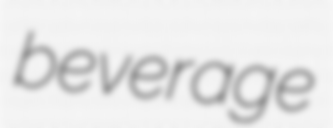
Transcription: beverage